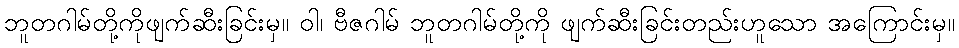
ဘူတဂါမ်တို့ကိုဖျက်ဆီးခြင်းမှ။ ဝါ၊ ဗီဇဂါမ် ဘူတဂါမ်တို့ကို ဖျက်ဆီးခြင်းတည်းဟူသော အကြောင်းမှ။